Civil Veterinary Dept. Bombay admin report 1923-31 - 1923-1931
Year: 1923
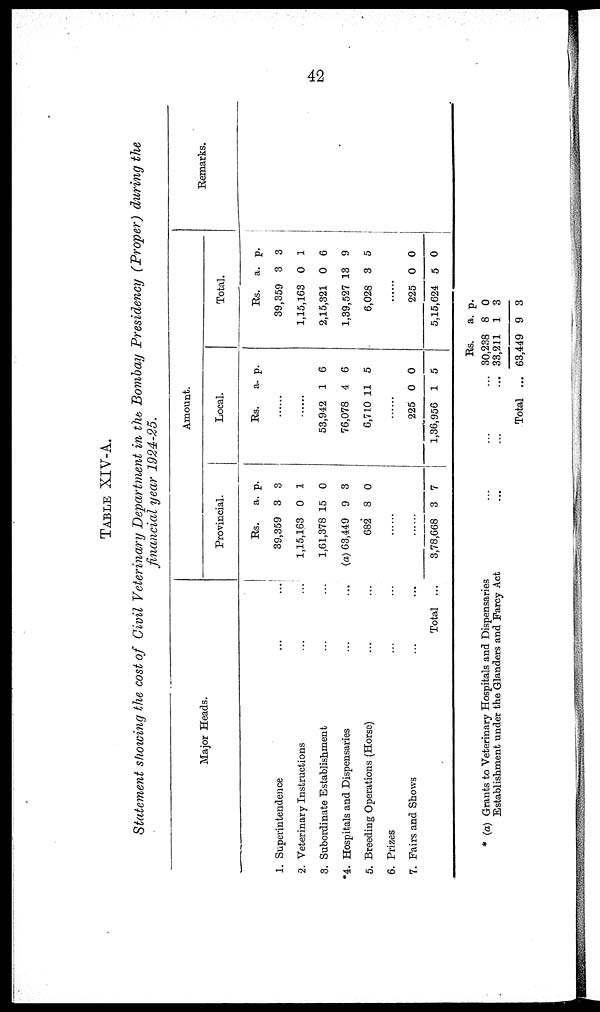
42
TABLE XIV-A.
Statement showing the cost of Civil Veterinary Department in the Bombay Presidency (Proper) during the
financial year 1924-25.
Major Heads.
1. Superintendence ... ...
2. Veterinary Instructions
...
...
3. Subordinate Establishment ... ...
*4. Hospitals and Dispensaries ... ...
5. Breeding Operations (Horse) ... ...
6. Prizes ... ...
7. Pairs and Shows ... ...
Total ...
Amount.
Provincial.
Rs.
39,359
1,15,163
1,61,378
(a) 63,449
682
......
......
3,78,668
a.
3
0
15
9
8
3
p.
3
1
0
3
0
7
Local.
Rs.
......
......
53,942
76,078
6,710
......
225
1,36,956
a.
1
4
11
0
1
p.
6
6
5
0
5
Total.
Rs.
39,359
1,15,163
2,15,321
1,39,527
6,028
......
225
5,15,624
a.
3
0
0
13
3
0
5
p.
3
1
6
9
5
0
0
Remarks.
* (a) Grants to Veterinary Hospitals and Dispensaries ... ... ...
Establishment under the Glanders and Farcy Act ... ... ...
Total ...
Rs.
30,238
33,211
63,449
a.
8
1
9
p.
0
3
3